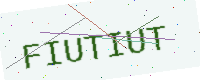
Text: FIUTIUT